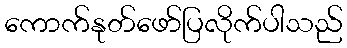
ကောက်နုတ်ဖော်ပြလိုက်ပါသည်